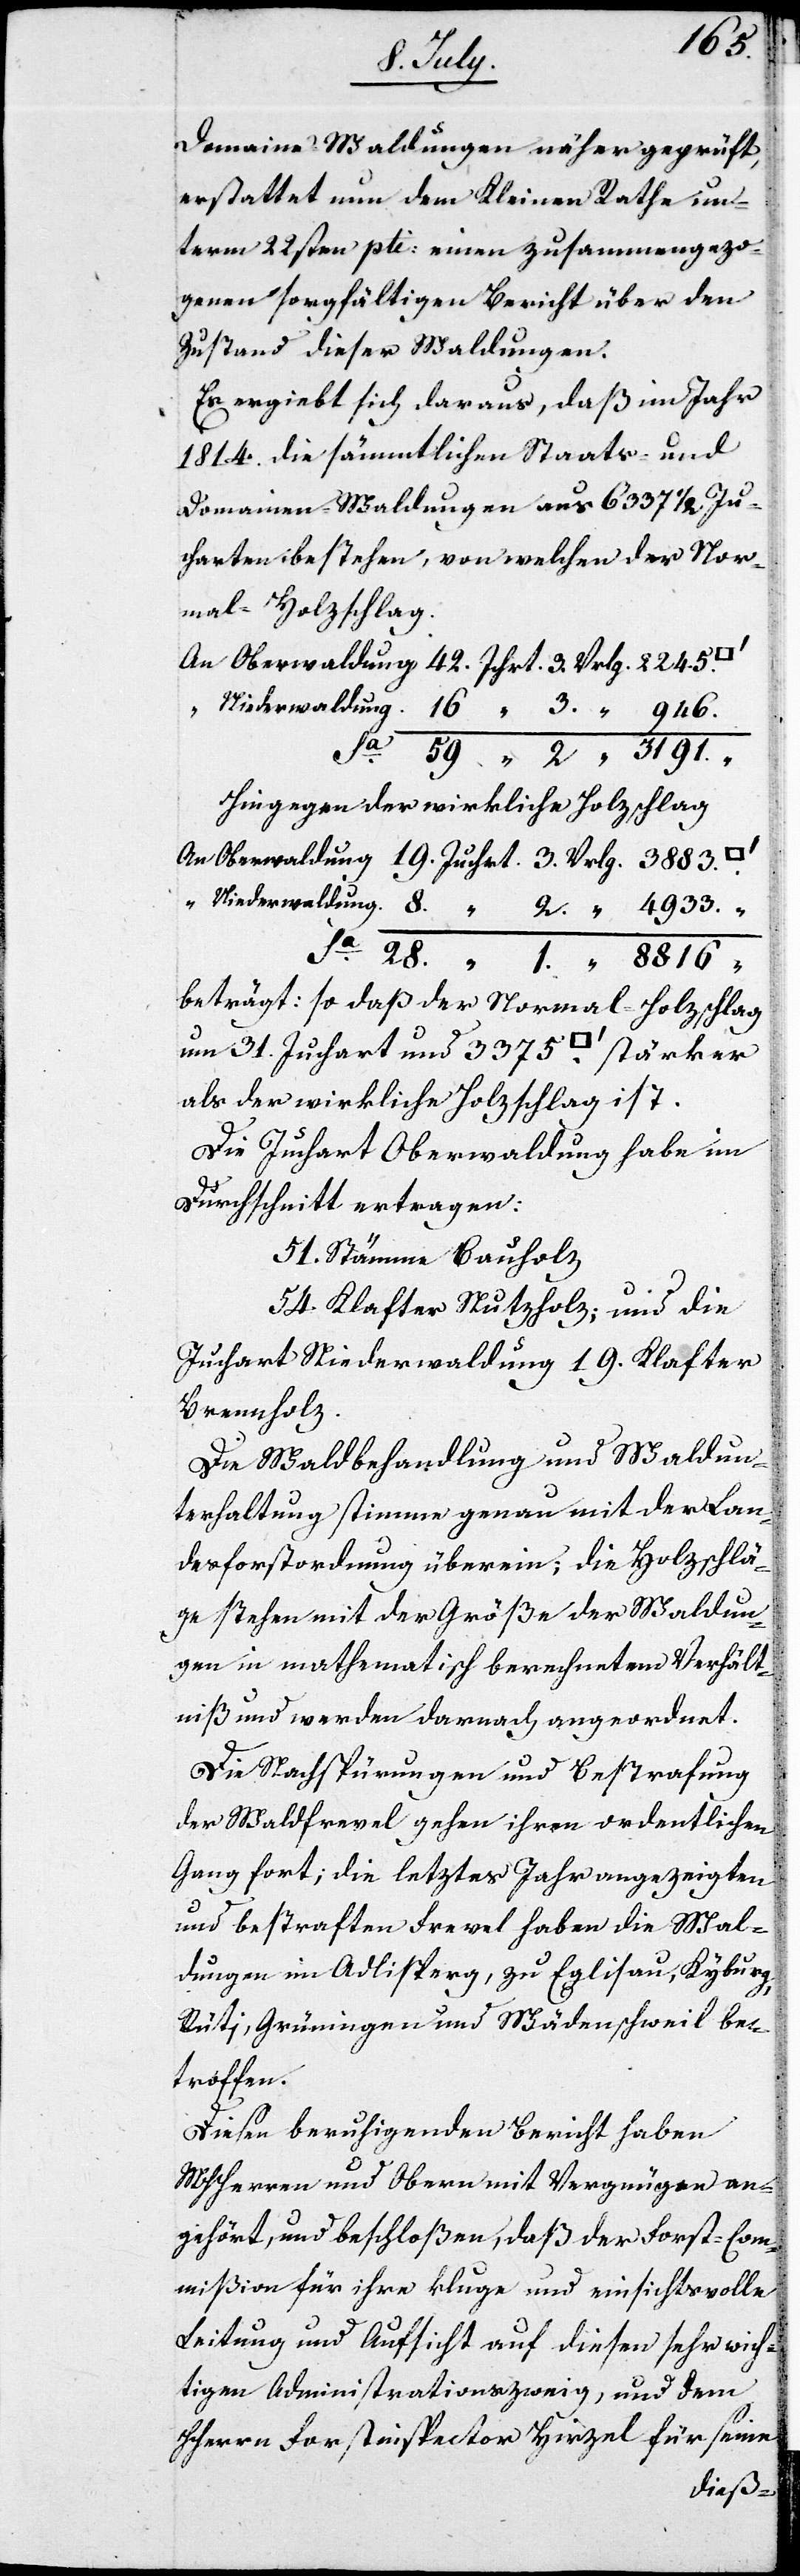
Domaine-Waldungen näher geprüft,
erstattet nun dem Kleinen Rathe un¬
term 22sten pti. einen zusammengezo¬
genen sorgfältigen Bericht über den
Zustand dieser Waldungen.
Es ergiebt sich daraus, daß im Jahr
1814. die sämmtlichen Staats- und
Domainen-Waldungen aus 6337 ½ Ju¬
charten bestehen, von welchen der Nor¬
mal-Holzschlag
An Oberwaldung	42. Jchrt 	3. Vrlg.	2245.
„ Niederwaldung	16. „ 	3. „ 	946.
„ 	2. „ 	3191. „
Hingegen der wirkliche Holzschlag
An Oberwaldung	19. Juchrt.	3. Vrlg.	3883
Niederwaldung	8. „ 	2. „ 	4933 „
beträgt: so daß der Normal-Holzschlag
um 31. Juchart und 3375. Quadratfuß stärker
als der wirkliche Holzschlag ist.
Die Juchart Oberwaldung habe im
Durchschnitte ertragen:
51. Stämme Bauholz
54. Klafter Nutzholz; und die
Juchart Niederwaldung 19. Klafter
Brennholz.
Die Waldbehandlung und Waldun¬
terhaltung stimme genau mit der Lan¬
desforstordnung überein; die Holzschlä¬
ge stehen mit der Größe der Waldun¬
gen in mathematisch berechnetem Verhält¬
niß und werden darnach angeordnet.
Die Nachspürungen und Bestrafung
der Waldfrevel gehen ihren ordentlichen
Gang fort; die letztes Jahr angezeigten
und bestraften Frevel haben die Wal¬
dungen im Adlisperg zu Eglisau, Kyburg,
Rüti, Grüningen und Wädenschweil be¬
troffen.
Diesen beruhigenden Bericht haben
MHHerren und Obern mit Vergnügen an¬
gehört, und beschloßen, daß der Forst-Com¬
mißion für ihre kluge und einsichtsvolle
Leitung und Aufsicht auf diesen sehr wich¬
tigen Admisintrationszweig, und dem
HHerrn Forstinspector Hirzel für seine